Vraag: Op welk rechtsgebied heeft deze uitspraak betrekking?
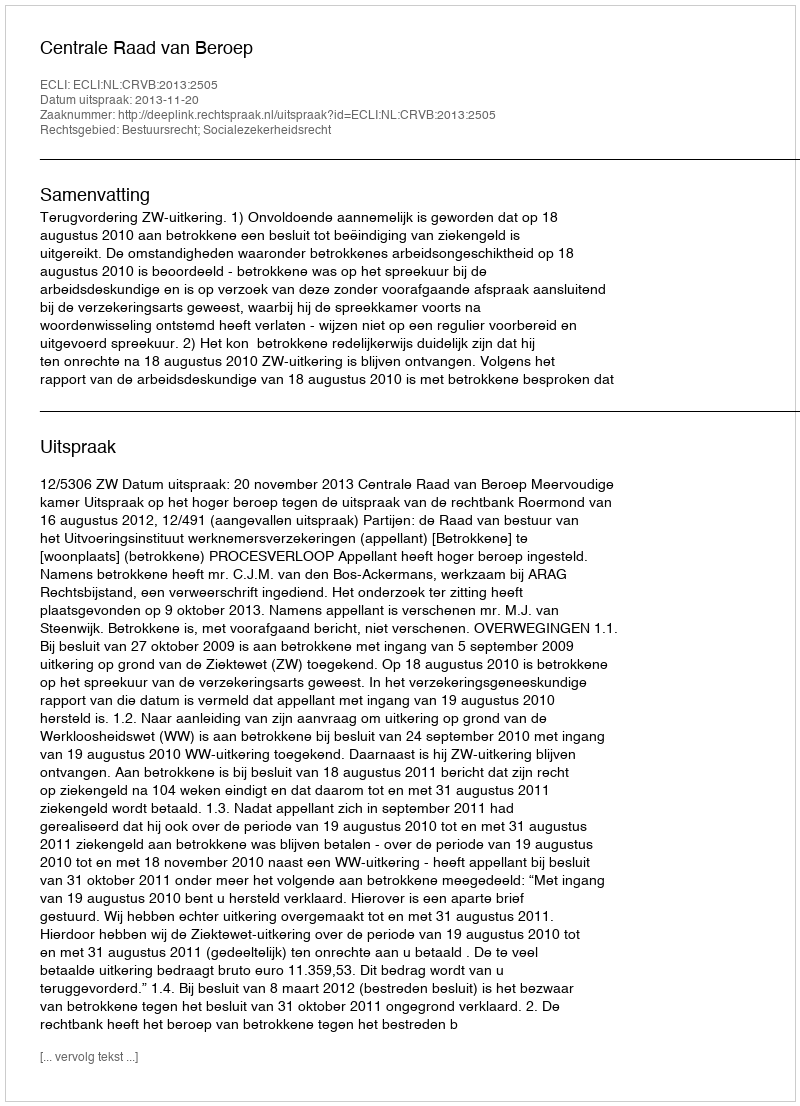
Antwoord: Bestuursrecht; Socialezekerheidsrecht